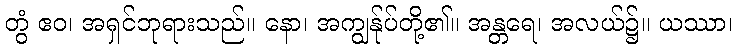
တွံ ဧဝ၊ အရှင်ဘုရားသည်။ နော၊ အကျွန်ုပ်တို့၏။ အန္တရေ၊ အလယ်၌။ ယဿာ၊